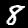
Digit: 8